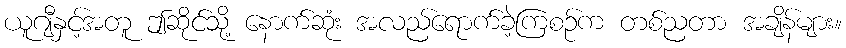
ယူဂျီနှင့်အတူ ဤဆိုင်သို့ နောက်ဆုံး အလည်ရောက်ခဲ့ကြစဉ်က တစ်ညတာ အချိန်များ။